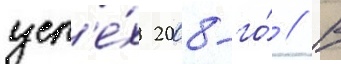
усп'е́х 2008-го́ // В